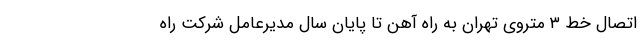
اتصال خط ۳ متروی تهران به راه آهن تا پایان سال مدیرعامل شرکت راه‌